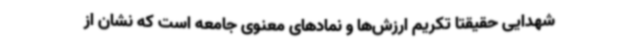
شهدایی حقیقتاً تکریم ارزش‌ها و نمادهای معنوی جامعه است که نشان از